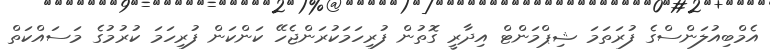
އެމްބިއުލަންސްގެ ފުރަތަމަ ޝިޕްމަންޓް އިދާރީ ގޮތުން ފުރިހަމަކުރަންޖެހޭ ކަންކަން ފުރިހަމަ ކުރުމުގެ މަސައްކަތް